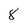
Character: 8